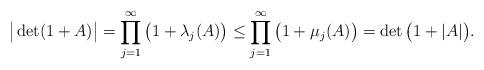
LaTeX: \begin{align*} \big| \det(1+A)\big| = \prod_{j=1}^\infty \big(1 + \lambda_j(A)\big) \leq \prod_{j=1}^\infty \big(1 + \mu_j(A)\big) = \det\big(1 + |A|\big).\end{align*}